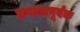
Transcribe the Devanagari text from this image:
प्रणामपूर्वक